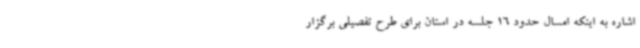
اشاره به اینکه امسال حدود 16 جلسه در استان برای طرح تفصیلی برگزار